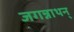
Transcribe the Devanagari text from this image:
जगन्नाथन्